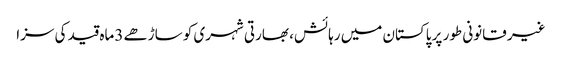
غیر قانونی طور پر پاکستان میں رہائش، بھارتی شہری کو ساڑھے 3ماہ قید کی سزا